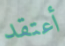
أعتقد